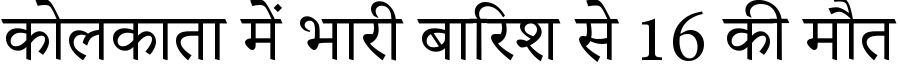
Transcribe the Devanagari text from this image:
कोलकाता में भारी बारिश से 16 की मौत